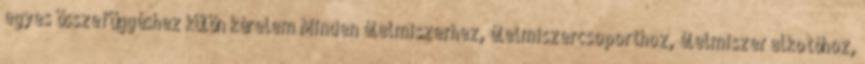
egyes összefüggéshez külön kérelem Minden élelmiszerhez, élelmiszercsoporthoz, élelmiszer alkotóhoz,